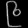
Digit: ၉